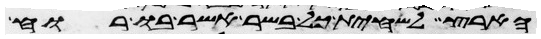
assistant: הארץ להשחית כל בשר אשר בו רוח